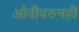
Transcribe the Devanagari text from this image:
ओवीवरुनही